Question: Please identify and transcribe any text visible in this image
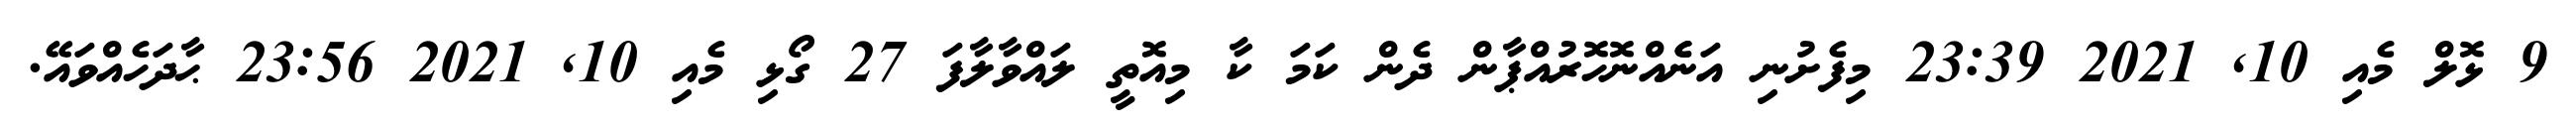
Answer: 9 ޅޮލް މެއި 10, 2021 23:39 މިފެށުނި އަނެެއްނޮހޮރުއްޕާން ދެން ކަމަ ކާ މިއޮތީ ލައްވާލާފަ 27 ގޯޅި މެއި 10, 2021 23:56 ޙާދަހެއްވައޭ.